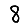
Digit: 8